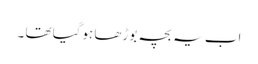
اب یہ بچہ بوڑھا ہوگیا تھا ۔